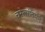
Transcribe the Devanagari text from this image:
चरेत्सांतपनं